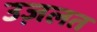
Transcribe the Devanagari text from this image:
उज़लत